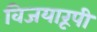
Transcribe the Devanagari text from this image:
विजयारूपी